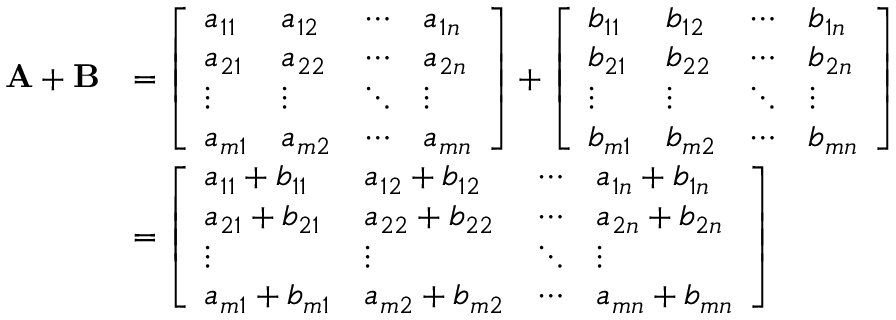
{ \begin{array} { r l } { \mathbf { A } + \mathbf { B } } & { = { \left[ \begin{array} { l l l l } { a _ { 1 1 } } & { a _ { 1 2 } } & { \cdots } & { a _ { 1 n } } \\ { a _ { 2 1 } } & { a _ { 2 2 } } & { \cdots } & { a _ { 2 n } } \\ { \vdots } & { \vdots } & { \ddots } & { \vdots } \\ { a _ { m 1 } } & { a _ { m 2 } } & { \cdots } & { a _ { m n } } \end{array} \right] } + { \left[ \begin{array} { l l l l } { b _ { 1 1 } } & { b _ { 1 2 } } & { \cdots } & { b _ { 1 n } } \\ { b _ { 2 1 } } & { b _ { 2 2 } } & { \cdots } & { b _ { 2 n } } \\ { \vdots } & { \vdots } & { \ddots } & { \vdots } \\ { b _ { m 1 } } & { b _ { m 2 } } & { \cdots } & { b _ { m n } } \end{array} \right] } } \\ & { = { \left[ \begin{array} { l l l l } { a _ { 1 1 } + b _ { 1 1 } } & { a _ { 1 2 } + b _ { 1 2 } } & { \cdots } & { a _ { 1 n } + b _ { 1 n } } \\ { a _ { 2 1 } + b _ { 2 1 } } & { a _ { 2 2 } + b _ { 2 2 } } & { \cdots } & { a _ { 2 n } + b _ { 2 n } } \\ { \vdots } & { \vdots } & { \ddots } & { \vdots } \\ { a _ { m 1 } + b _ { m 1 } } & { a _ { m 2 } + b _ { m 2 } } & { \cdots } & { a _ { m n } + b _ { m n } } \end{array} \right] } } \end{array} } \,